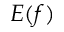
E ( f )